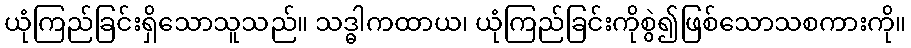
ယုံကြည်ခြင်းရှိသောသူသည်။ သဒ္ဓါကထာယ၊ ယုံကြည်ခြင်းကိုစွဲ၍ဖြစ်သောသစကားကို။